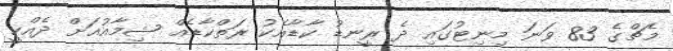
މެޗްގެ 83 ވަނަ މިނިޓުގައި ދެ ރީނޑު ކާޑާއެކު ރަތްކާޑެއް ޝިމާއުއަށް ދެއްކީ